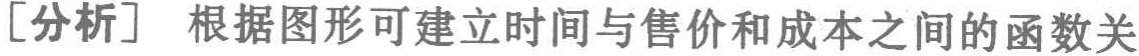
[分析] 根据图形可建立时间与售价和成本之间的函数关